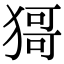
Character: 𤠙